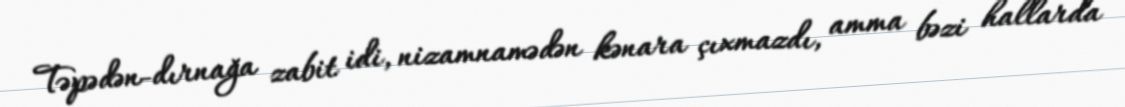
Təpədən-dırnağa zabit idi, nizamnamədən kənara çıxmazdı, amma bəzi hallarda